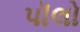
પૉલો